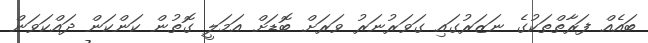
ބައެއް ފަރާތްތަކުގެ ނަޒަރުގައި ގަވަރުނަރު ވަރަށް ބޮޑަށް އަމަލީ ގޮތުން ކަންކަން ދައްކަވަން